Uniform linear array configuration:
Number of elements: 12
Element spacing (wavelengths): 0.5
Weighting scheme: hamming
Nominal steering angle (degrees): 45
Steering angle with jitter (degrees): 45.737
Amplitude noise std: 0.05
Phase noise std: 0.05

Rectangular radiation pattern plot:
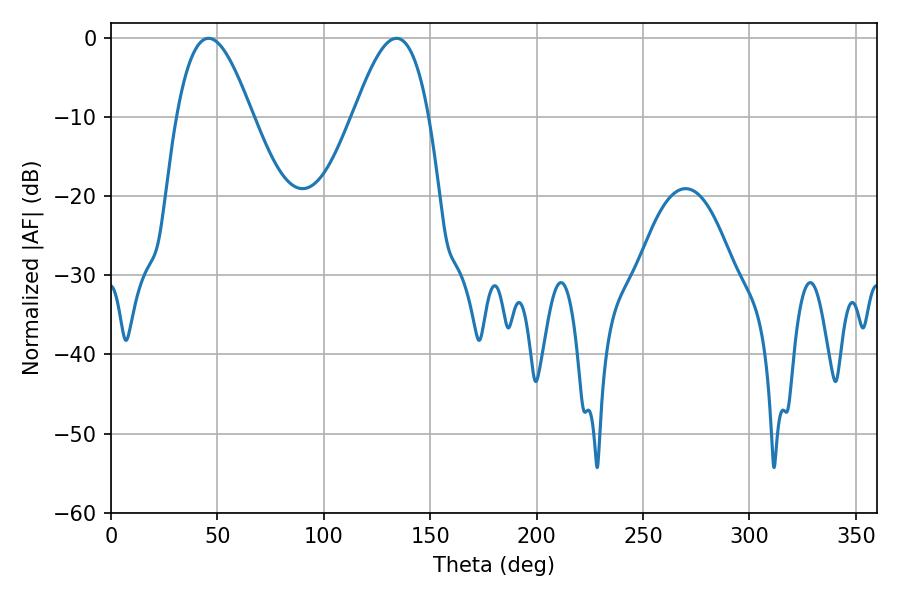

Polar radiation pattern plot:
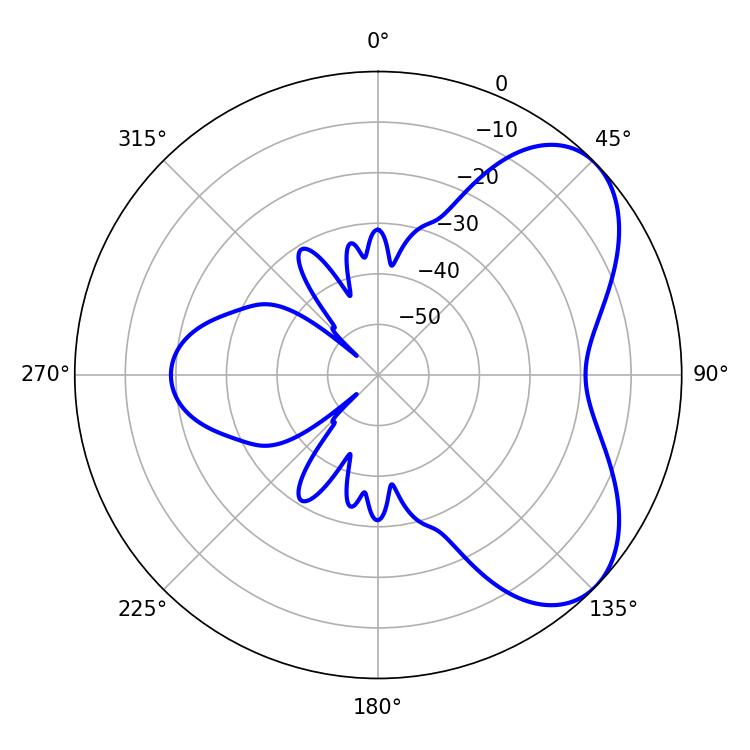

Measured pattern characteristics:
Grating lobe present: FALSE
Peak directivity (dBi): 5.695
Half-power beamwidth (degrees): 19.26
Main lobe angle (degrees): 45.9